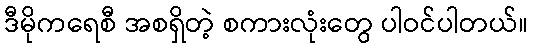
ဒီမိုကရေစီ အစရှိတဲ့ စကားလုံးတွေ ပါဝင်ပါတယ်။